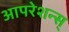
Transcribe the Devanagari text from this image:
आपरेशन्स्